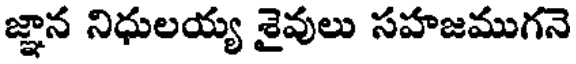
జ్ఞాన నిధులయ్య శైవులు సహజముగనె